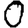
Digit: 0